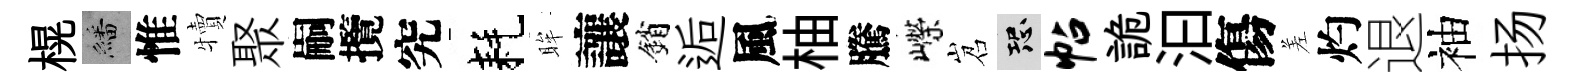
榥繙惟犢聚嗣攬究耗眸讓銷逅風柚騰嶸岧恐帖詭汩傷差灼退袖扬